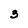
Character: 3